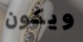
ويكون